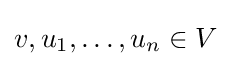
v,u_{1},\dots ,u_{n}\in V